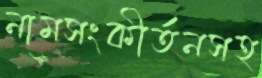
নামসংকীর্তনসহ